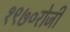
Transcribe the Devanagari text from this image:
१९७०रोजी